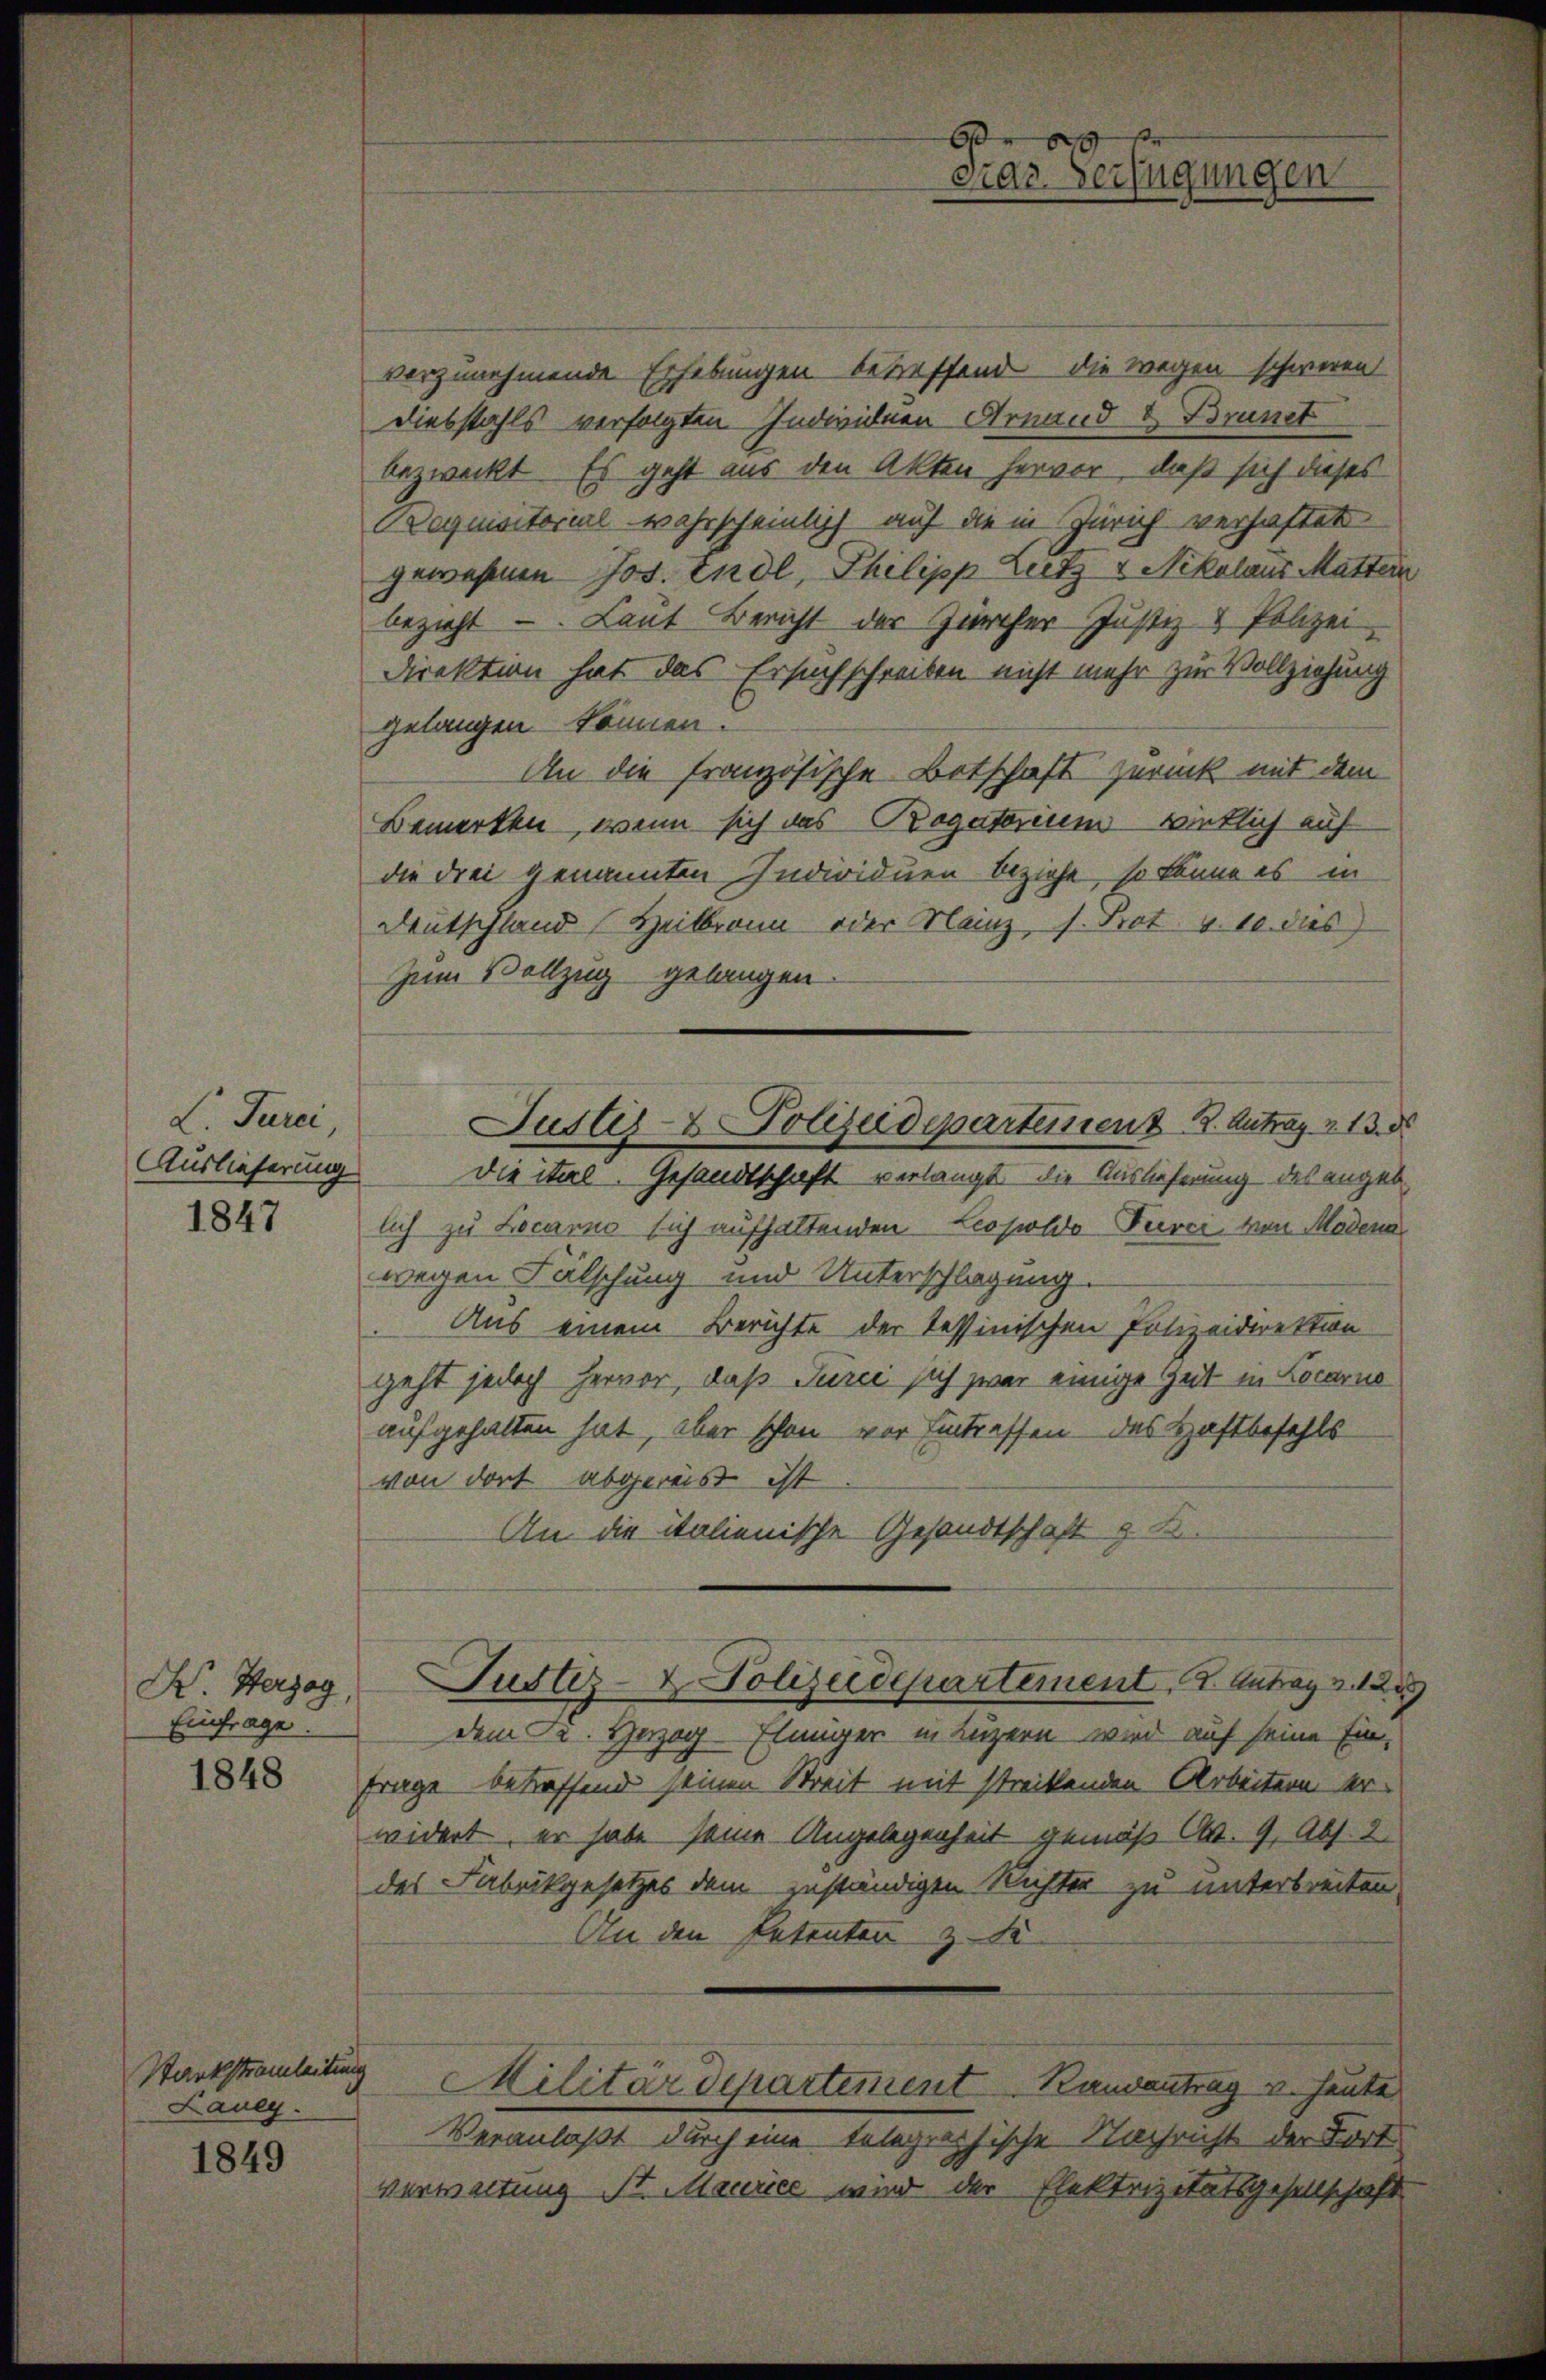
L. Turci
Auslieferung
1847

Dr Herzog
Einfrage.

1848

Starkstrauleitung
Laueg.

1849

vorzunehmende Erhebungen betreffend die wegen schweren
Diebstahls verfolgten Individuen Arnand & Brunet
bezweckt. Es geht aus den Akten hervor, daß sich dieses
Bequisitorial wahrscheinlich auf die in Zürich verhaftet
gewesenen Jos. Endl, Philipp Lutz & Nikolaus Muttern
bezieht. Laut Bericht der Zürcher Justiz & Polizei-
Direktion hat das Ersuchschreiben nicht mehr zur Vollziehung
gelangen können.
An die französische Betschaft zurück mit dem
Bemerken, wenn sich das Rogatorium wirklich auf
die drei genannten Individuen beziehe, so könne es in
Deutschland Heilbronn oder Mainz, s. Prot. v. 10. dies
Zum Vollzug gelangen.
die ital. Gesandtschaft verlangt die Auslieferung des angeb
lich zu Locarno sich aufhaltenden Leopolde Turci, von Modena
wegen Fälschung und Unterschlagung.
Aus einem Berichte der Tessinischen Polizeidirektion
geht jedoch hervor, daß Turci sich zwar einige Zeit in Locarno
aufgehalten hat, aber schon vor Eintreffen des Haftbefehls
von dort abgeres ist
An die italienische Gesandtschaft z. B.
Justiz- & Polizeidepartement. 2. Aubry u. 1289
dem Dr. Herzog-Elimmer in Luzern wird auf seine Ein¬
Frage betreffend seinen Streit mit streckenden Arbeitern erwidert, er habe seine Angelegenheit gemäß Ct. 9, Abs. 2
des Fabrikgesetzes dem zuständigen Richter zu unterbreiten,
An den Petenten z. Se
Militärdepartement Randantrag v. Heute
Veranlaßt durch eine telegraphische Nachricht der Fort
verwaltung St. Maurice wird der Elektrizitätsgesellschaft

Justiz- & Polizeidepartement 8. Antrag v. 13. d

6
car Verfügungen